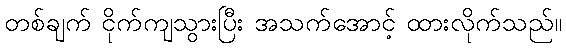
တစ်ချက် ငိုက်ကျသွားပြီး အသက်အောင့် ထားလိုက်သည်။